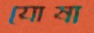
যোষা